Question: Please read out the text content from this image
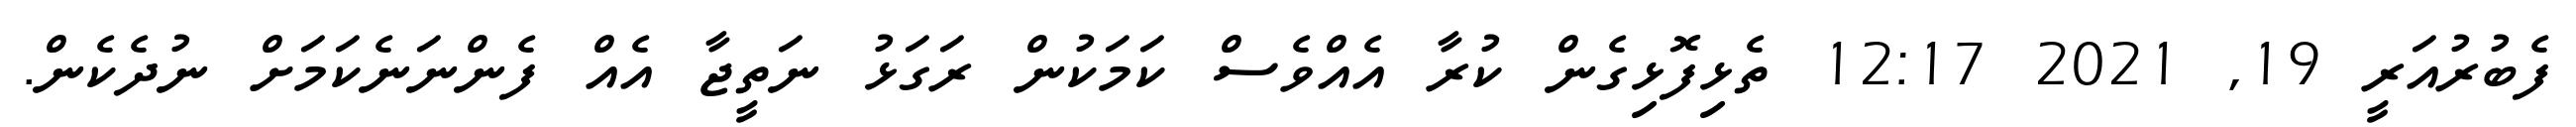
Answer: ފެބުރުއަރީ 19, 2021 12:17 ތެޅިފޮޅިގެން ކުރާ އެއްވެސް ކަމަކުން ރަގަޅު ނަތީޖާ އެއް ފެންނަނެކަމަށް ނުދެކެން.